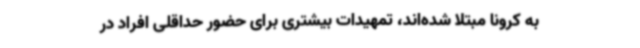
به کرونا مبتلا شده‌اند، تمهیدات بیشتری برای حضور حداقلی افراد در